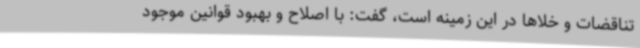
تناقضات و خلا‌ها در این زمینه است، گفت: با اصلاح و بهبود قوانین موجود